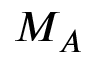
M _ { A }